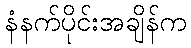
နံနက်ပိုင်းအချိန်က